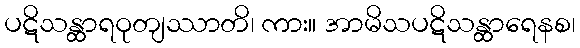
ပဋိသန္ထာရဝုတျဿာတိ၊ ကား။ အာမိသပဋိသန္ထာရေနစ၊